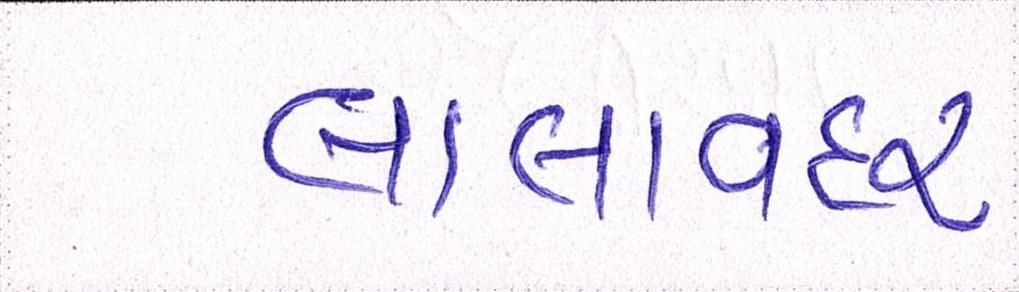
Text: લાલાવદર